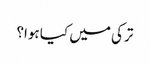
ترکی میں کیا ہوا؟